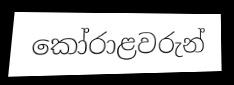
කෝරාළවරුන්